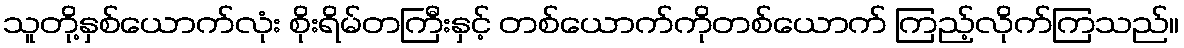
သူတို့နှစ်ယောက်လုံး စိုးရိမ်တကြီးနှင့် တစ်ယောက်ကိုတစ်ယောက် ကြည့်လိုက်ကြသည်။